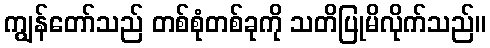
ကျွန်တော်သည် တစ်စုံတစ်ခုကို သတိပြုမိလိုက်သည်။